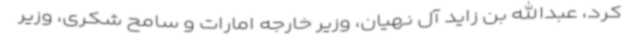
کرد، عبدالله بن زاید آل نهیان، وزیر خارجه امارات و سامح شکری، وزیر